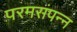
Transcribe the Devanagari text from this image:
परमसंपन्न